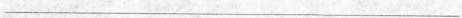
___